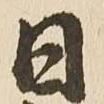
日